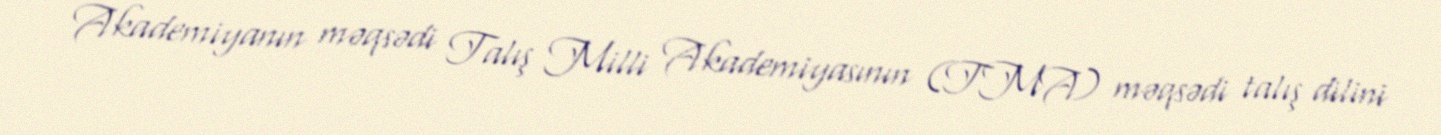
Akademiyanın məqsədi Talış Milli Akademiyasının (TMA) məqsədi talış dilini